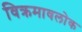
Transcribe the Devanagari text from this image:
विक्रमावलोक